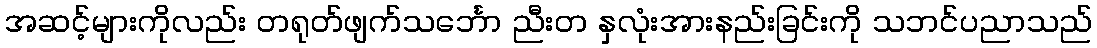
အဆင့်များကိုလည်း တရုတ်ဖျက်သင်္ဘော ညီးတ နှလုံးအားနည်းခြင်းကို သဘင်ပညာသည်